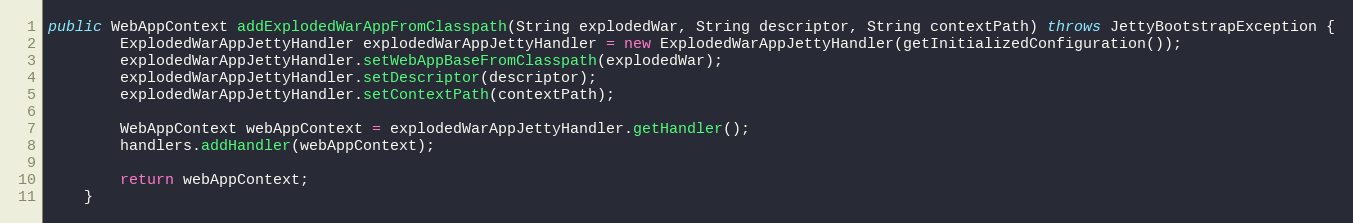
Language: Java
public WebAppContext addExplodedWarAppFromClasspath(String explodedWar, String descriptor, String contextPath) throws JettyBootstrapException {
        ExplodedWarAppJettyHandler explodedWarAppJettyHandler = new ExplodedWarAppJettyHandler(getInitializedConfiguration());
        explodedWarAppJettyHandler.setWebAppBaseFromClasspath(explodedWar);
        explodedWarAppJettyHandler.setDescriptor(descriptor);
        explodedWarAppJettyHandler.setContextPath(contextPath);

        WebAppContext webAppContext = explodedWarAppJettyHandler.getHandler();
        handlers.addHandler(webAppContext);

        return webAppContext;
    }